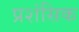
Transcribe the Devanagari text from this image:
प्रशंसिक